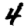
Digit: 4